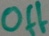
Text: Off